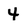
Character: 4